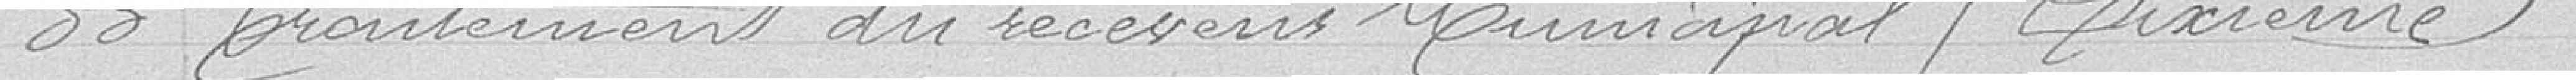
33 Traitement du receveur Municipal / Dixième